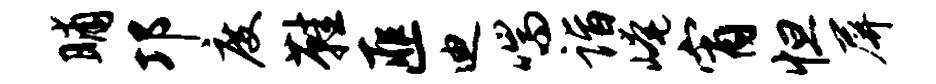
晡邛度鞋匪迪喘诣崦宵怛屏